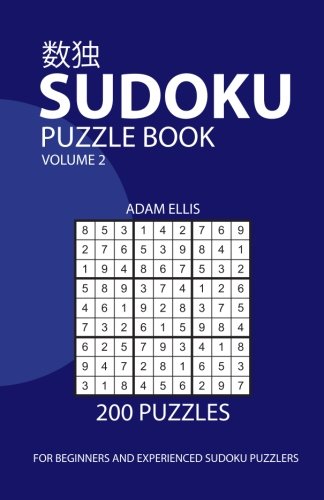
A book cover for Sudoku Puzzle Book Volume 2: 200 Puzzles; Adam Ellis; Humor & Entertainment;